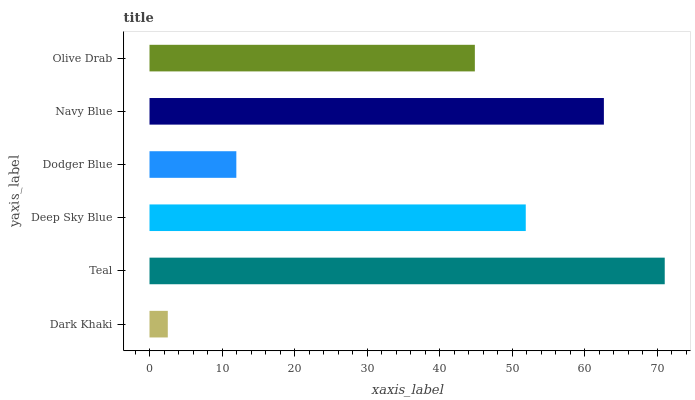
| yaxis_label | bars |
 | --- | --- |
 | Dark Khaki | 2.52 |
 | Teal | 71 |
 | Deep Sky Blue | 51.9 |
 | Dodger Blue | 12 |
 | Navy Blue | 62.7 |
 | Olive Drab | 44.9 |